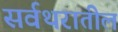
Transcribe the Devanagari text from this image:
सर्वथरातील